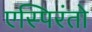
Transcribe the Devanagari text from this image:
एस्पिरंतो